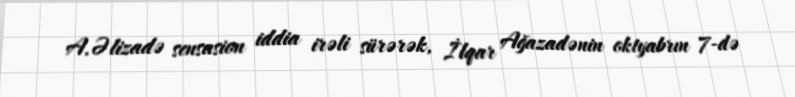
A.Əlizadə sensasion iddia irəli sürərək, İlqar Ağazadənin oktyabrın 7-də